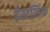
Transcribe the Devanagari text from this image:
ईस्टलिंक